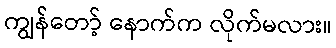
ကျွန်တော့် နောက်က လိုက်မလား။